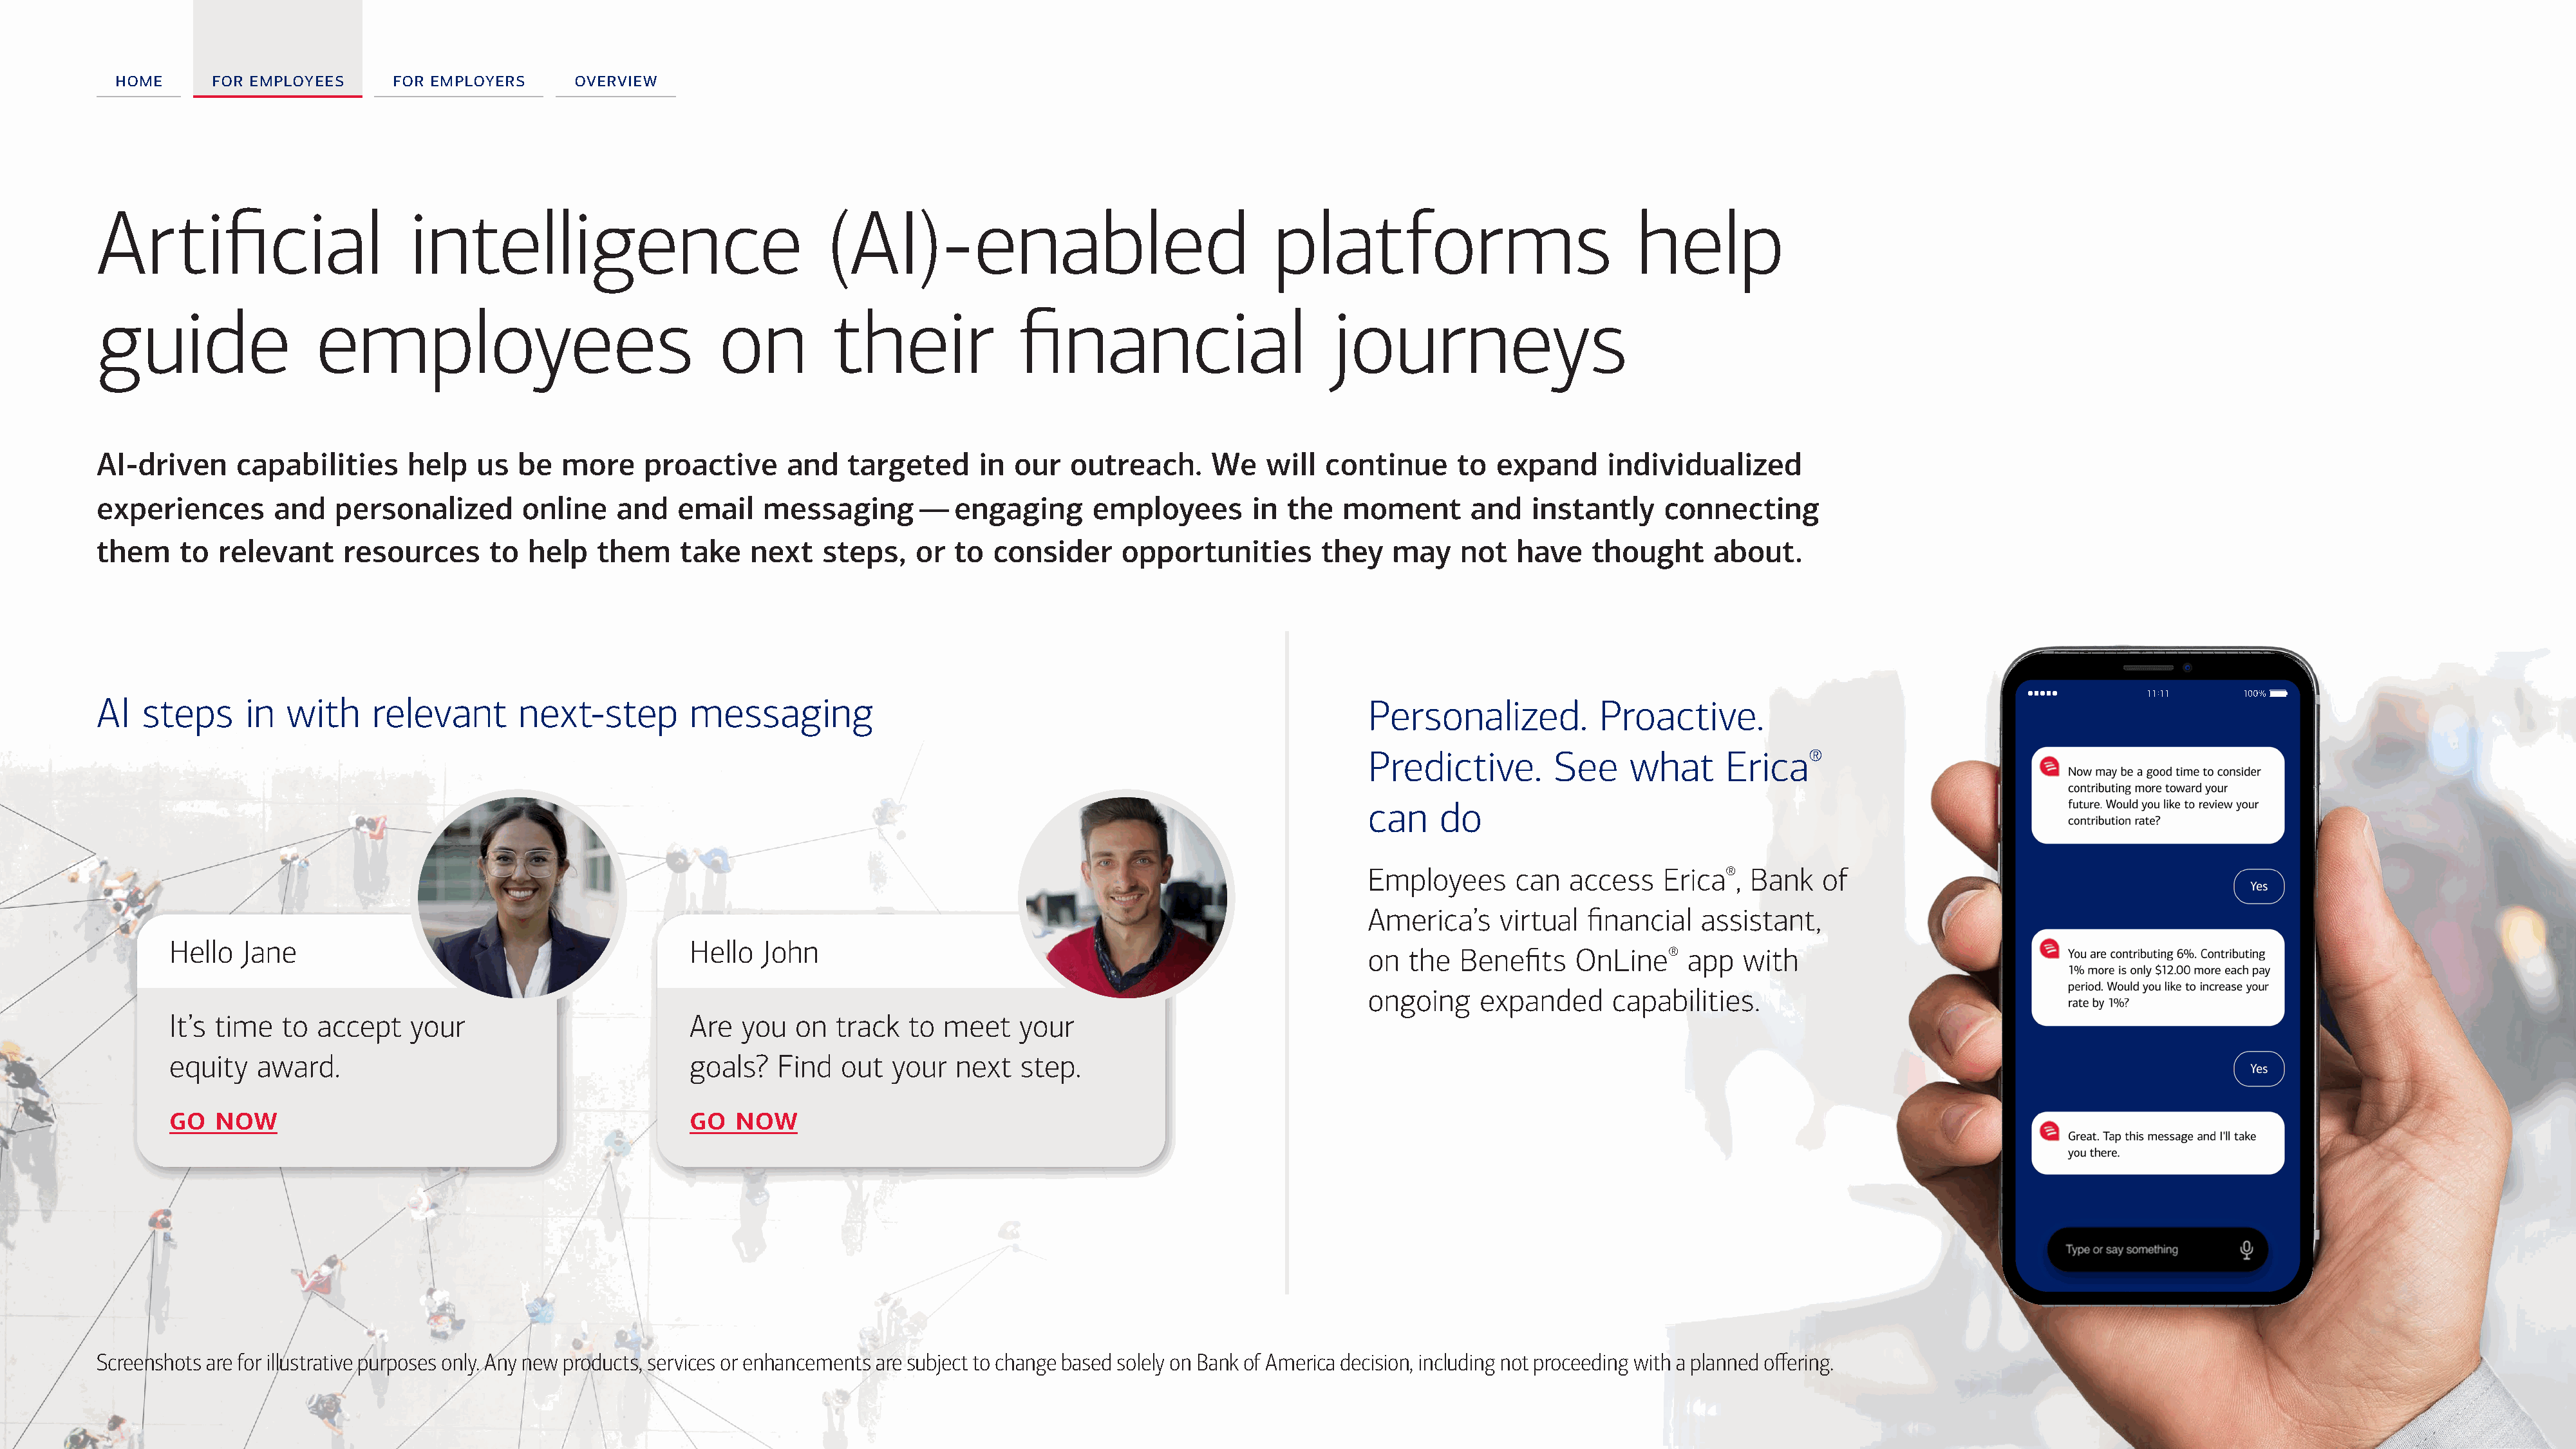
home      for employees     for employers      overview
 Artificial                      intelligence                               (AI)-enabled                                  platforms                            help
 guide                 employees                                 on          their              financial                       journeys
 AI-driven     capabilities      help   us  be   more    proactive      and   targeted      in our   outreach.      We   will  continue      to  expand     individualized
 experiences       and   personalized        online   and    email   messaging       —   engaging      employees        in the   moment       and   instantly     connecting
 them    to  relevant     resources      to  help   them     take   next    steps,   or  to  consider     opportunities        they   may    not   have    thought     about.
 AI   steps     in  with     relevant       next-step         messaging                                                             Personalized.          Proactive.
 Predictive.        See     what     Erica®
 can    do
 Employees      can  access    Erica®,  Bank   of
 America’s    virtual  financial   assistant,
 Hello   Jane                                          Hello  John
 on  the  Benefits    OnLine®    app   with
 ongoing    expanded      capabilities.
 It’s time   to  accept   your                         Are  you   on  track  to  meet    your
 equity   award.                                       goals?   Find  out   your  next   step.
 go   now                                              go   now
 Screenshots are for illustrative purposes only. Any new products, services or enhancements are subject to change based solely on Bank of America decision, including not proceeding with a planned offering.